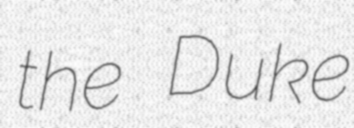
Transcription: the Duke